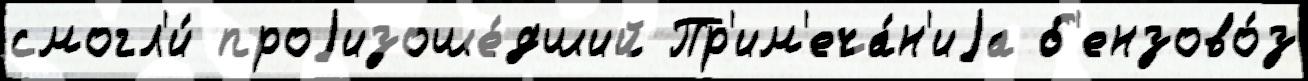
смогл'и́ проjизоше́дший Пр'им'еча́н'иjа б'ензово́з